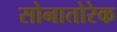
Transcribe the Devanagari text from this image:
सोनातोरेक